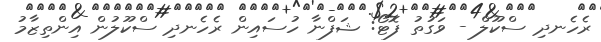
ރެހެނދި ސްކޫލް - ވަގުތު ފޮޓޯ: ޝަފްނާ ހުސައިން ރެހެނދި ސްކޫލުން އިންތިޒާމު